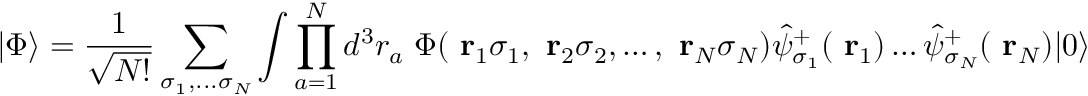
| \Phi \rangle = \frac { 1 } { \sqrt { N ! } } \sum _ { \sigma _ { 1 } , . . . \sigma _ { N } } \int \prod _ { a = 1 } ^ { N } d ^ { 3 } r _ { a } \; \Phi ( \mathrm { \bf ~ r } _ { 1 } \sigma _ { 1 } , \mathrm { \bf ~ r } _ { 2 } \sigma _ { 2 } , \dots , \mathrm { \bf ~ r } _ { N } \sigma _ { N } ) \hat { \psi } _ { \sigma _ { 1 } } ^ { + } ( \mathrm { \bf ~ r } _ { 1 } ) \dots \hat { \psi } _ { \sigma _ { N } } ^ { + } ( \mathrm { \bf ~ r } _ { N } ) | 0 \rangle